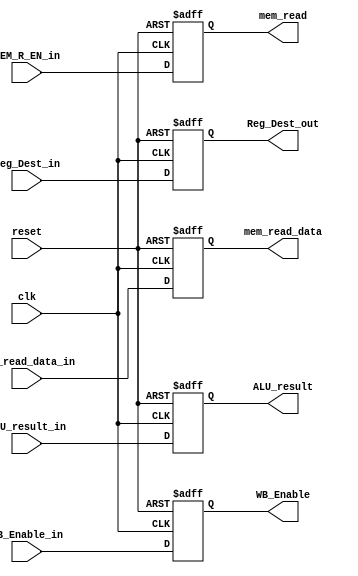
module MEM_Stage_Reg(
  input clk, reset,
  input MEM_R_EN_in, WB_Enable_in,
  input[3 : 0] Reg_Dest_in,
  input[31 : 0] mem_read_data_in, ALU_result_in,
  output reg mem_read, WB_Enable,
  output reg[3 : 0] Reg_Dest_out,
  output reg[31 : 0] mem_read_data, ALU_result
);
 
  always @(posedge clk, posedge reset) begin
    if (reset) begin
        mem_read = 1'b0;
        WB_Enable = 1'b0;
        Reg_Dest_out = 4'b0;
        mem_read_data = 32'b0;
        ALU_result = 32'b0;
    end
    else begin
        mem_read = MEM_R_EN_in;
        WB_Enable = WB_Enable_in;
        Reg_Dest_out = Reg_Dest_in;
        mem_read_data = mem_read_data_in;
        ALU_result = ALU_result_in;
    end
  end
  
endmodule